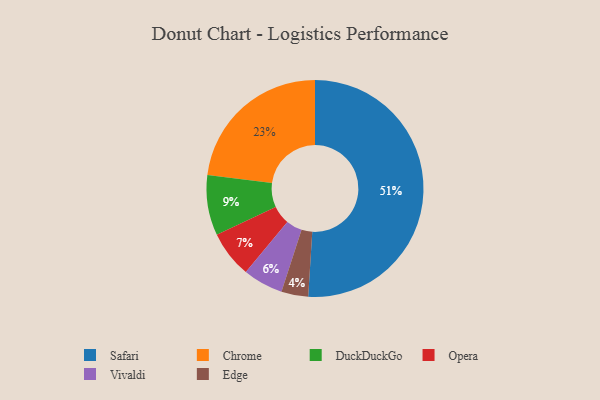
{"axis": {"x": "Category", "y": "Percentage"}, "legend": ["Chrome", "DuckDuckGo", "Edge", "Opera", "Safari", "Vivaldi"], "data": [{"x": "Opera", "y": 7, "type": "Opera"}, {"x": "Safari", "y": 51, "type": "Safari"}, {"x": "Edge", "y": 4, "type": "Edge"}, {"x": "Vivaldi", "y": 6, "type": "Vivaldi"}, {"x": "DuckDuckGo", "y": 9, "type": "DuckDuckGo"}, {"x": "Chrome", "y": 23, "type": "Chrome"}]}